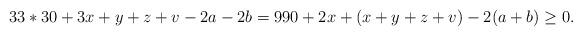
LaTeX: \begin{align*}33*30+3x+y+z+v-2a-2b = 990+2x +(x+y+z+v)-2(a+b)\geq 0.\end{align*}